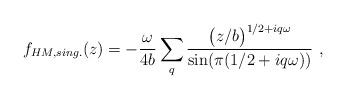
LaTeX: \begin{align*}f_{HM,sing.}(z)=-{\omega \over{4b}}\sum_q{\bigl( {z/b}\bigr) ^{1/2+iq\omega}\over {\rm sin}(\pi(1/2+iq\omega))}\ ,\end{align*}